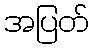
အပြတ်